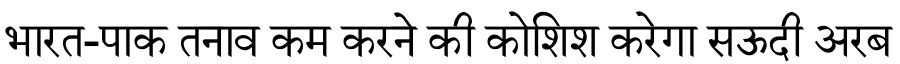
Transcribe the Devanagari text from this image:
भारत-पाक तनाव कम करने की कोशिश करेगा सऊदी अरब